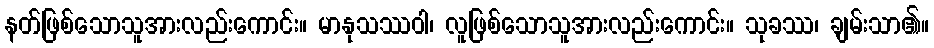
နတ်ဖြစ်သောသူအားလည်းကောင်း။ မာနုသဿဝါ၊ လူဖြစ်သောသူအားလည်းကောင်း။ သုခဿ၊ ချမ်းသာ၏။